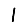
Digit: 1